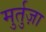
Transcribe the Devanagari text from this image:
मुर्तुज़ा